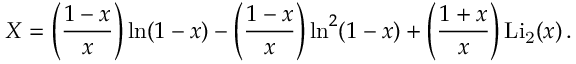
X = \left( \frac { 1 - x } { x } \right) \ln ( 1 - x ) - \left( \frac { 1 - x } { x } \right) \ln ^ { 2 } ( 1 - x ) + \left( \frac { 1 + x } { x } \right) \mathrm { L i _ { 2 } } ( x ) \, .